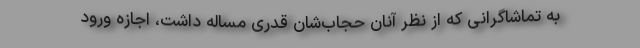
به تماشاگرانی که از نظر آنان حجاب‌شان قدری مساله داشت، اجازه ورود